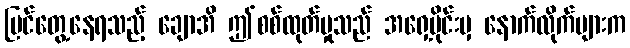
မြင်တွေ့နေရသည့် ချောအိ ဤစစ်ထုတ်မှုသည် အရှေ့ပိုင်းမှ နောက်လိုက်များက